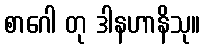
စာဂေါ တု ဒါနဟာနိသု။